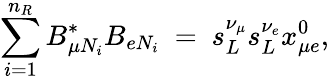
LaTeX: \sum_{i=1}^{n_{R}}B_{\mu N_{i}}^{*}B_{eN_{i}}\ =\ s_{L}^{\nu_{\mu}}s_{L}^{\nu_{e}}x_{\mu e}^{0},